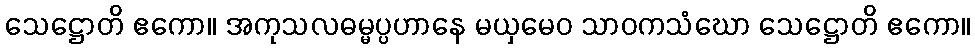
သေဋ္ဌောတိ ဧကော။ အကုသလဓမ္မပ္ပဟာနေ မယှမေဝ သာဝကသံဃော သေဋ္ဌောတိ ဧကော။